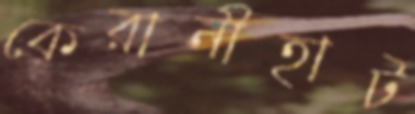
কেরানীহাট